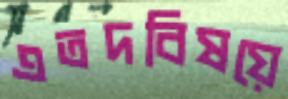
এতদবিষয়ে